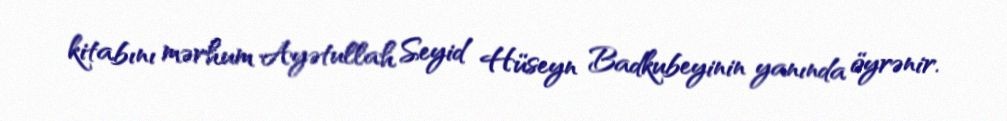
kitabını mərhum Ayətullah Seyid Hüseyn Badkubeyinin yanında öyrənir.